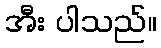
အီး ပါသည်။